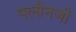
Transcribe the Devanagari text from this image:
पलौनजी